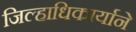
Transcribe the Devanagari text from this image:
जिल्हाधिकार्याने